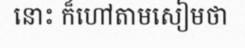
នោះ ក៏ហៅតាមសៀមថា